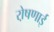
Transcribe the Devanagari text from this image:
रो़षणाई